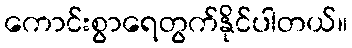
ကောင်းစွာရေတွက်နိုင်ပါတယ်။